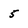
Character: 5